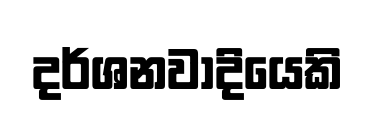
දර්ශනවාදියෙකි